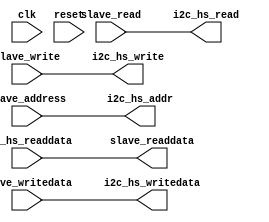
module i2c_hs_interface (
		input  wire        clk,              
		input  wire [2:0]  slave_address,    
		output wire [31:0] slave_readdata,   
		input  wire        slave_read,       
		input  wire        slave_write,      
		input  wire [31:0] slave_writedata,  
		input  wire        reset,            
		output wire        i2c_hs_read,      
		output wire        i2c_hs_write,     
		output wire [2:0]  i2c_hs_addr,      
		input  wire [31:0] i2c_hs_readdata,  
		output wire [31:0] i2c_hs_writedata  
	);
	assign slave_readdata = i2c_hs_readdata;
	assign i2c_hs_writedata = slave_writedata;
	assign i2c_hs_write = slave_write;
	assign i2c_hs_read = slave_read;
	assign i2c_hs_addr = slave_address;
endmodule